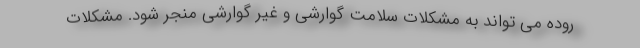
روده می تواند به مشکلات سلامت گوارشی و غیر گوارشی منجر شود. مشکلات